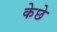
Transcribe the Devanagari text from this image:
केछे